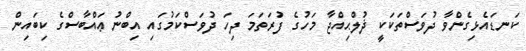
ކަނޑައެޅިގެންވާ ދުވަސްތަކަކީ ޛުލްޙިއްޖާ މަހުގެ ފުރަތަމަ ދިހަ ދުވަސްކަމުގައި އިބްނު ޢައްބާސްގެ ކިބައިން